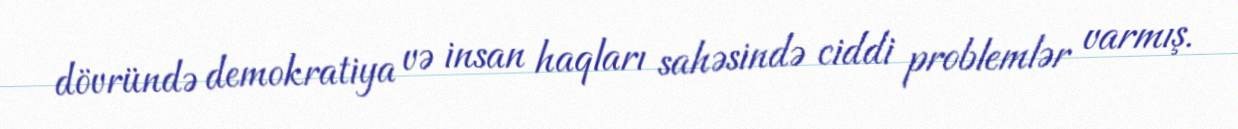
dövründə demokratiya və insan haqları sahəsində ciddi problemlər varmış.